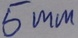
Text: 5mm